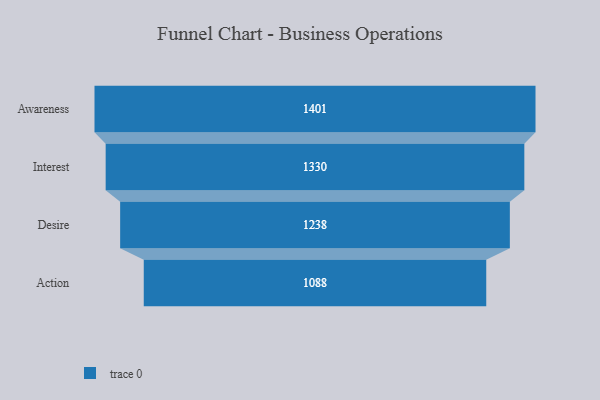
{"axis": {"x": "Stage", "y": "Value"}, "legend": [""], "data": [{"x": "Awareness", "y": 1401.0, "type": ""}, {"x": "Interest", "y": 1330.0, "type": ""}, {"x": "Desire", "y": 1238.0, "type": ""}, {"x": "Action", "y": 1088.0, "type": ""}]}